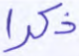
ذكرا